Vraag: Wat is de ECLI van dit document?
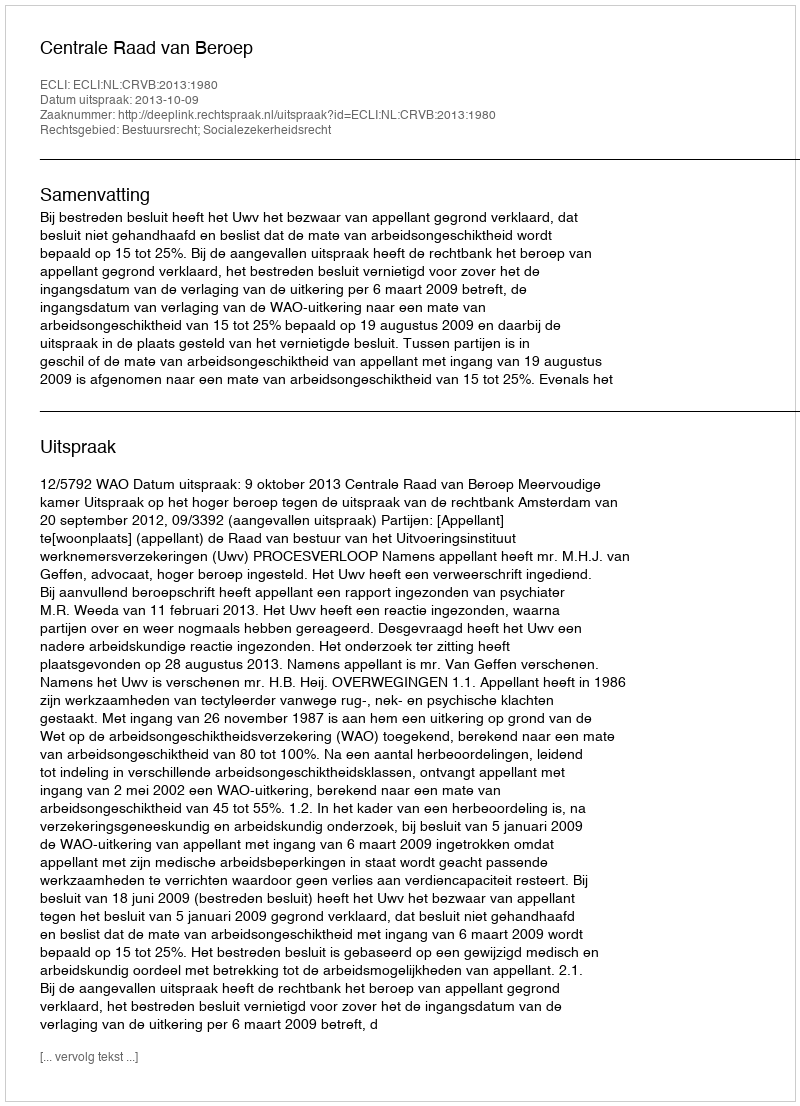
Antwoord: ECLI:NL:CRVB:2013:1980